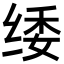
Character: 𮉫